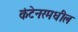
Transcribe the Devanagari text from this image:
कंटेनरमधील